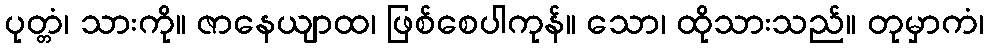
ပုတ္တံ၊ သားကို။ ဇာနေယျာထ၊ ဖြစ်စေပါကုန်။ သော၊ ထိုသားသည်။ တုမှာကံ၊